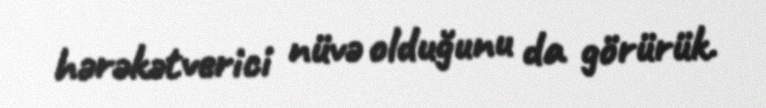
hərəkətverici nüvə olduğunu da görürük.